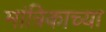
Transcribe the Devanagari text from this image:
मांत्रिकाच्या